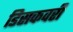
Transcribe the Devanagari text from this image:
डिसकवरी